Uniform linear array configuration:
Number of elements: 4
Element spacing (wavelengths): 0.5
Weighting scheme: exponential
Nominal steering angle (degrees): -30
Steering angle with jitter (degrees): -31.855
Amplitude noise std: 0.05
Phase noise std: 0.05

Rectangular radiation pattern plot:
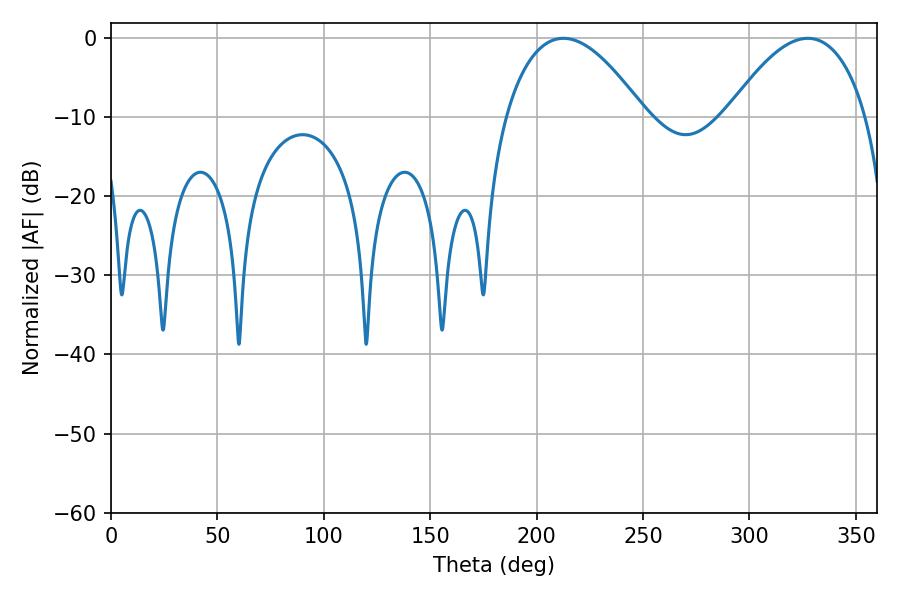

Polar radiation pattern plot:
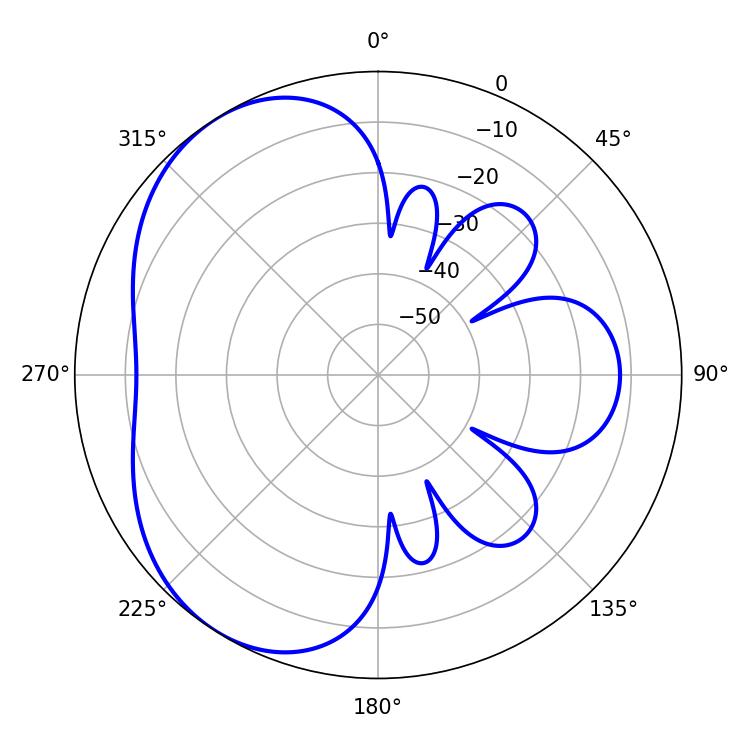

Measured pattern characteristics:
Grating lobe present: FALSE
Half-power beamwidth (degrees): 36.18
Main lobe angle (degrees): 327.42